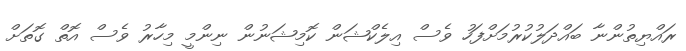
ރައްޔިތުންނާ ބައްދަލުކުރުމަށްފަހު ވެސް އިލެކްޝަން ކޮމިޝަނުން ނިންމީ މިހާރު ވެސް އޮތް ގޮތަށް